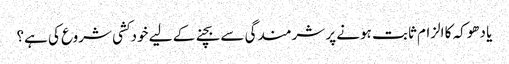
یا دھوکہ کا الزام ثابت ہونے پر شرمندگی سے بچنے کے لیے خودکشی شروع کی ہے؟